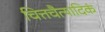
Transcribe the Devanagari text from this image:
चित्तचैत्यादिकं